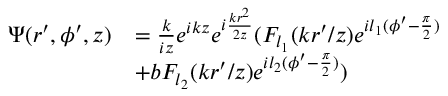
\begin{array} { r l } { \Psi ( r ^ { \prime } , \phi ^ { \prime } , z ) } & { = \frac { k } { i z } e ^ { i k z } e ^ { i \frac { k r ^ { 2 } } { 2 z } } ( F _ { l _ { 1 } } ( { k r ^ { \prime } } / { z } ) e ^ { i l _ { 1 } ( \phi ^ { \prime } - \frac { \pi } { 2 } ) } } \\ & { + b F _ { l _ { 2 } } ( { k r ^ { \prime } } / { z } ) e ^ { i l _ { 2 } ( \phi ^ { \prime } - \frac { \pi } { 2 } ) } ) } \end{array}